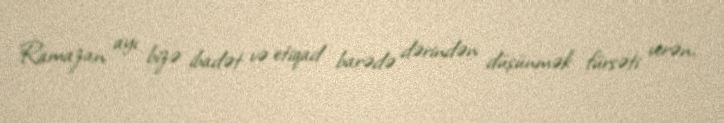
Ramazan ayı bizə ibadət və etiqad barədə dərindən düşünmək fürsəti verən,